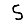
Digit: 5